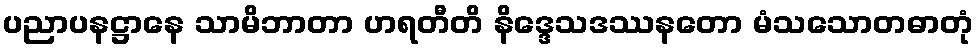
ပညာပနဋ္ဌာနေ သာမိဘာတာ ဟရတီတိ နိဒ္ဒေသဒဿနတော မံသသောတဓာတုံ